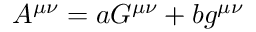
A ^ { \mu \nu } = a G ^ { \mu \nu } + b g ^ { \mu \nu }